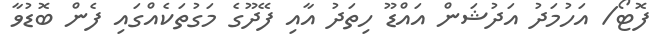
ފޮޓޯ/ އަހުމަދު އަދުޝަން އައްޑޫ ހިތަދު އާއި ފޭދޫގެ މަގުތަކެއްގައި ފެން ބޮޑުވާ